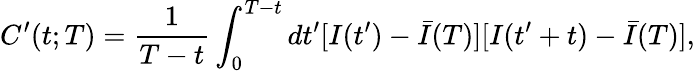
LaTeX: C^{\prime}(t;T)=\frac{1}{T-t}\int_{0}^{T-t}dt^{\prime}[I(t^{\prime})-\bar{I}(T)][I(t^{\prime}+t)-\bar{I}(T)],